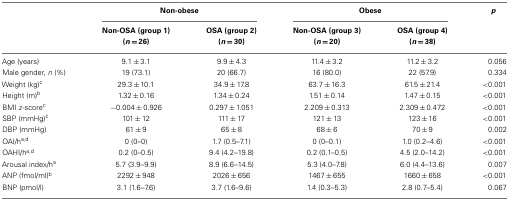
<table><thead><tr><td></td><td colspan="2"><b>Non-obese</b></td><td colspan="2"><b>Obese</b></td><td><b><i>p</i></b></td></tr><tr><td></td><td><b>Non-OSA (group 1)</b></td><td><b>OSA (group 2)</b></td><td><b>Non-OSA (group 3)</b></td><td><b>OSA (group 4)</b></td><td></td></tr><tr><td></td><td><b>(<i>n</i> = 26)</b></td><td><b>(<i>n</i> = 30)</b></td><td><b>(<i>n</i> = 20)</b></td><td><b>(<i>n</i> = 38)</b></td><td></td></tr></thead><tbody><tr><td>Age (years)</td><td>9.1 ± 3.1</td><td>9.9 ± 4.3</td><td>11.4 ± 3.2</td><td>11.2 ± 3.2</td><td>0.056</td></tr><tr><td>Male gender, <i>n</i> (%)</td><td>19 (73.1)</td><td>20 (66.7)</td><td>16 (80.0)</td><td>22 (57.9)</td><td>0.334</td></tr><tr><td>Weight (kg)<sup>c</sup></td><td>29.3 ± 10.1</td><td>34.9 ± 17.8</td><td>63.7 ± 16.3</td><td>61.5 ± 21.4</td><td>&lt;0.001</td></tr><tr><td>Height (m)<sup>b</sup></td><td>1.32 ± 0.16</td><td>1.34 ± 0.24</td><td>1.51 ± 0.14</td><td>1.47 ± 0.15</td><td>&lt;0.001</td></tr><tr><td>BMI <i>z</i>-score<sup>c</sup></td><td>−0.004 ± 0.926</td><td>0.297 ± 1.051</td><td>2.209 ± 0.313</td><td>2.309 ± 0.472</td><td>&lt;0.001</td></tr><tr><td>SBP (mmHg)<sup>c</sup></td><td>101 ± 12</td><td>111 ± 17</td><td>121 ± 13</td><td>123 ± 16</td><td>&lt;0.001</td></tr><tr><td>DBP (mmHg)</td><td>61 ± 9</td><td>65 ± 8</td><td>68 ± 6</td><td>70 ± 9</td><td>0.002</td></tr><tr><td>OAI/h<sup>a,d</sup></td><td>0 (0–0)</td><td>1.7 (0.5–7.1)</td><td>0 (0–0.1)</td><td>1.0 (0.2–4.6)</td><td>&lt;0.001</td></tr><tr><td>OAHI/h<sup>a,d</sup></td><td>0.2 (0–0.5)</td><td>9.4 (4.2–19.8)</td><td>0.2 (0.1–0.5)</td><td>4.5 (2.0–14.2)</td><td>&lt;0.001</td></tr><tr><td>Arousal index/h<sup>a</sup></td><td>5.7 (3.9–9.9)</td><td>8.9 (6.6–14.5)</td><td>5.3 (4.0–7.8)</td><td>6.0 (4.4–13.6)</td><td>0.007</td></tr><tr><td>ANP (fmol/ml)<sup>b</sup></td><td>2292 ± 948</td><td>2026 ± 656</td><td>1467 ± 655</td><td>1660 ± 658</td><td>&lt;0.001</td></tr><tr><td>BNP (pmol/l)</td><td>3.1 (1.6–7.6)</td><td>3.7 (1.6–9.6)</td><td>1.4 (0.3–5.3)</td><td>2.8 (0.7–5.4)</td><td>0.067</td></tr></tbody></table>